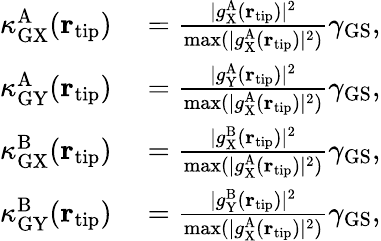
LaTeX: \begin{array}{rl}{\kappa_{\mathrm{GX}}^{\mathrm{A}}({\mathbf r}_{\mathrm{tip}})}&{{}=\frac{|g_{\mathrm{X}}^{\mathrm{A}}({\mathbf r}_{\mathrm{tip}})|^{2}}{\operatorname*{max}(|g_{\mathrm{X}}^{\mathrm{A}}({\mathbf r}_{\mathrm{tip}})|^{2})}\gamma_{\mathrm{GS}},}\\ {\kappa_{\mathrm{GY}}^{\mathrm{A}}({\mathbf r}_{\mathrm{tip}})}&{{}=\frac{|g_{\mathrm{Y}}^{\mathrm{A}}({\mathbf r}_{\mathrm{tip}})|^{2}}{\operatorname*{max}(|g_{\mathrm{X}}^{\mathrm{A}}({\mathbf r}_{\mathrm{tip}})|^{2})}\gamma_{\mathrm{GS}},}\\ {\kappa_{\mathrm{GX}}^{\mathrm{B}}({\mathbf r}_{\mathrm{tip}})}&{{}=\frac{|g_{\mathrm{X}}^{\mathrm{B}}({\mathbf r}_{\mathrm{tip}})|^{2}}{\operatorname*{max}(|g_{\mathrm{X}}^{\mathrm{A}}({\mathbf r}_{\mathrm{tip}})|^{2})}\gamma_{\mathrm{GS}},}\\ {\kappa_{\mathrm{GY}}^{\mathrm{B}}({\mathbf r}_{\mathrm{tip}})}&{{}=\frac{|g_{\mathrm{Y}}^{\mathrm{B}}({\mathbf r}_{\mathrm{tip}})|^{2}}{\operatorname*{max}(|g_{\mathrm{X}}^{\mathrm{A}}({\mathbf r}_{\mathrm{tip}})|^{2})}\gamma_{\mathrm{GS}},}\end{array}